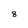
Character: 8